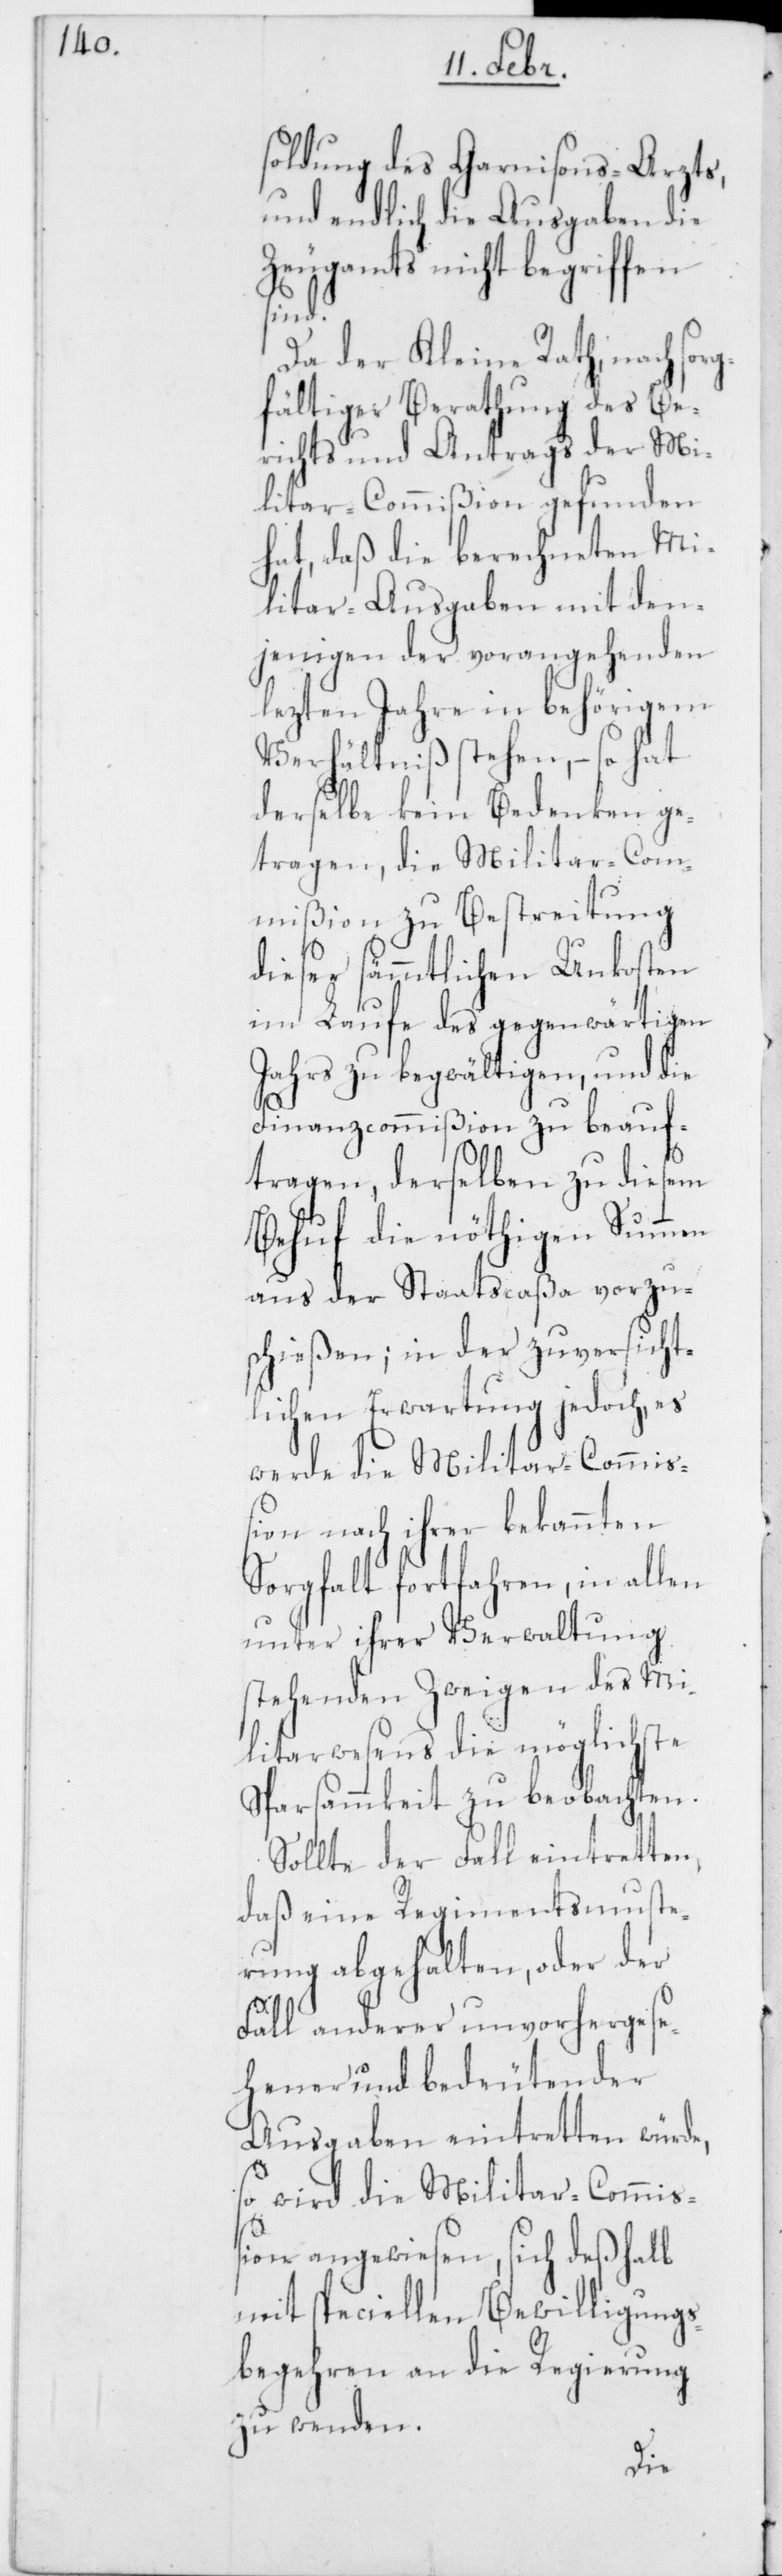
soldung des Garnisons-Arzts,
und endlich die Ausgaben des
Zeugamts nicht begriffen
sind.
Da der Kleine Rath, nach so¬
fältiger Berathung des Be¬
richts und Antrags der Mi¬
litar-Commißion gefunden
hat, daß die berechneten Mi¬
litar-Ausgaben mit den¬
jenigen der vorangehenden
lezten Jahren in behörigem
Verhältniß stehen, – so hat
derselbe kein Bedenken ge¬
tragen, die Militar-Com¬
mißion zu Bestreitung
rg¬
dieser sämmtlichen Unkosten
im Laufe des gegenwärtigen
Jahrs zu begwältigen, und die
Finanzcommißion zu beauf¬
tragen, derselben zu diesem
Behuf die nöthigen Summen
aus der Staatscaßa vorzu¬
schießen; in der zuversicht¬
lichen Erwartung jedoch, es
werde die Militar-Commiß¬
ion nach ihrer bekannten
Sorgfalt fortfahren, in allen
unter ihrer Verwaltung
stehenden Zweigen des Mi¬
litarwesens die möglichste
Sparsammkeit zu beobachten.
Sollte der Fall eintretten,
daß eine Regimentsmuste¬
rung abgehalten, oder der
Fall anderer unvorhergese¬
hener und bedeutender
Ausgaben eintretten würde,
so wird die Militar-Commi¬
ßion angewiesen, sich deßhalb
mit speciellen Bewilligungs¬
begehren an die Regierung
zu wenden.